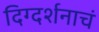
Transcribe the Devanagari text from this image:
दिग्दर्शनाचं